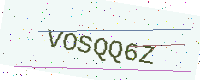
Text: VOSQQ6Z